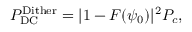
\begin{array} { r } { P _ { \mathrm { D C } } ^ { \mathrm { D i t h e r } } = | 1 - F ( \psi _ { 0 } ) | ^ { 2 } P _ { c } , } \end{array}